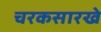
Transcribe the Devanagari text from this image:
चरकसारखे